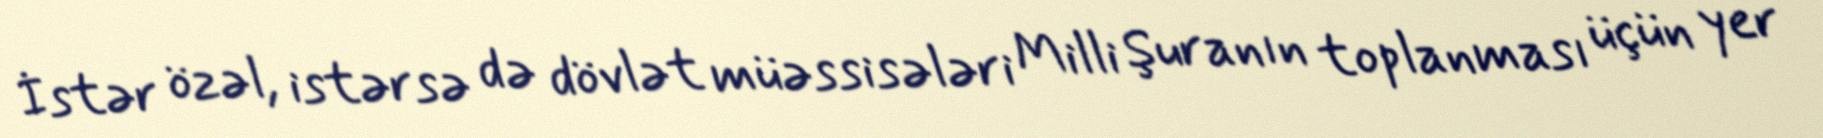
İstər özəl, istərsə də dövlət müəssisələri Milli Şuranın toplanması üçün yer